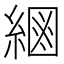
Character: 𦂮